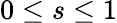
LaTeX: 0\leq s\leq 1